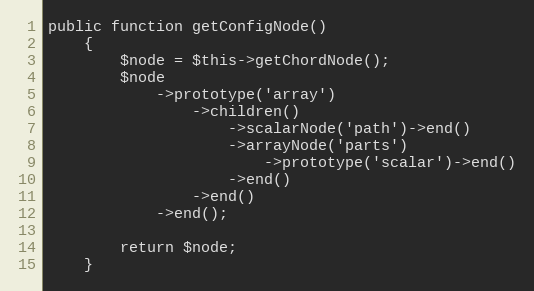
Language: PHP
public function getConfigNode()
    {
        $node = $this->getChordNode();
        $node
            ->prototype('array')
                ->children()
                    ->scalarNode('path')->end()
                    ->arrayNode('parts')
                        ->prototype('scalar')->end()
                    ->end()
                ->end()
            ->end();

        return $node;
    }